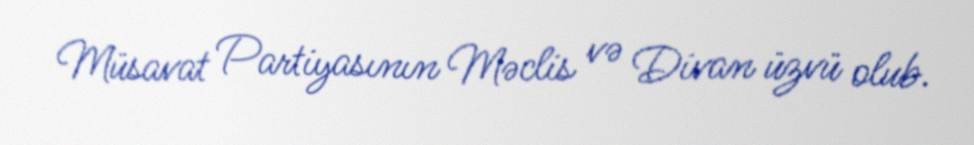
Müsavat Partiyasının Məclis və Divan üzvü olub.